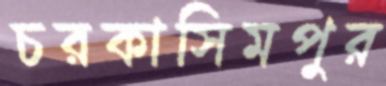
চরকাসিমপুর